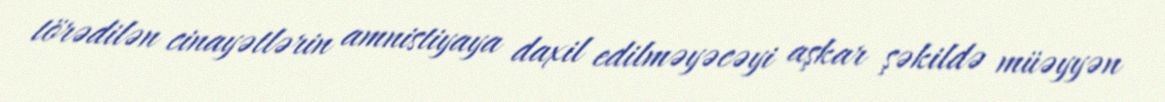
törədilən cinayətlərin amnistiyaya daxil edilməyəcəyi aşkar şəkildə müəyyən